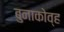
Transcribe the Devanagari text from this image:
बुनाकोव्ह